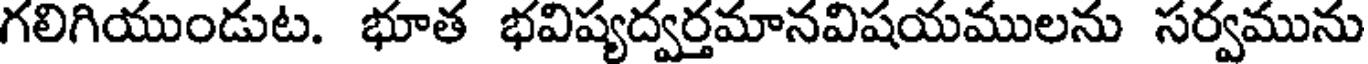
గలిగియుండుట. భూత భవిష్యద్వర్తమానవిషయములను సర్వమును